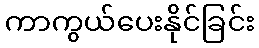
ကာကွယ်ပေးနိုင်ခြင်း